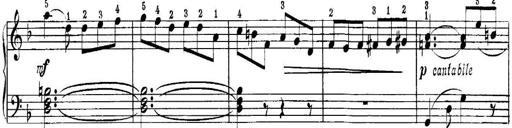
Title: Quatres sonatines
Composer: Tadeusz Joteyko